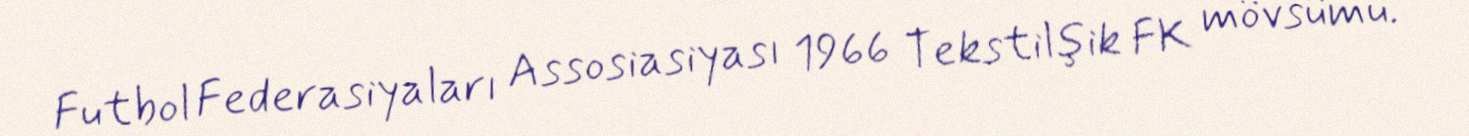
Futbol Federasiyaları Assosiasiyası 1966 Tekstilşik FK mövsümü.